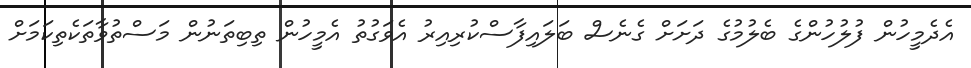
އެދެމީހުން ފުލުހުންގެ ބެލުމުގެ ދަށަށް ގެނެސް ބަލައިފާސްކުރިއިރު އެވަގުތު އެމީހުން ތިބިތަނުން މަސްތުވާތަކެތިކަމަށް